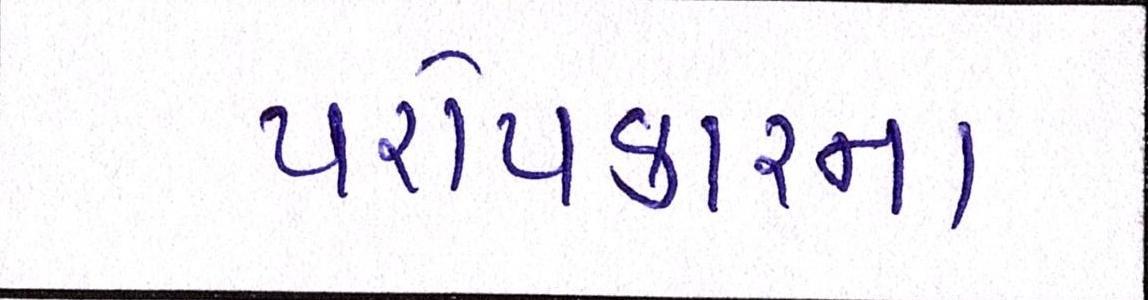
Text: પરોપકારનાં